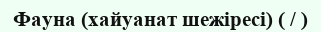
Фауна (хайуанат шежіресі) ( / )